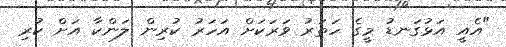
"އެއީ އަޅުގަނޑު މީގެ ހަތަރު ވަރަކަށް އަހަރު ކުރިން ލަންކާ އަށް ކުރި